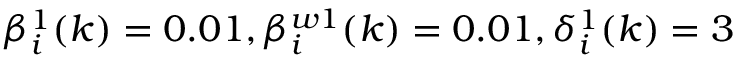
\beta _ { i } ^ { 1 } ( k ) = 0 . 0 1 , \beta _ { i } ^ { w 1 } ( k ) = 0 . 0 1 , \delta _ { i } ^ { 1 } ( k ) = 3